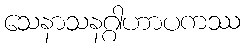
သေနာသနဂ္ဂါဟာပကဿ